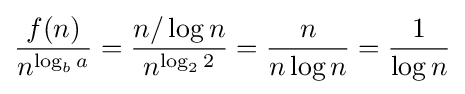
{\frac {f(n)}{n^{\log _{b}a}}}={\frac {n/\log n}{n^{\log _{2}2}}}={\frac {n}{n\log n}}={\frac {1}{\log n}}